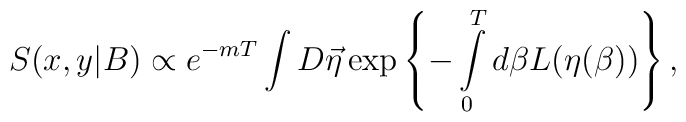
S(x,y|B) \propto e^{-mT}\int D\vec\eta\exp\left\{-\int\limits_0^Td\beta L(\eta(\beta))\right\},